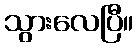
သွားလေပြီ။